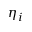
\eta _ { i }